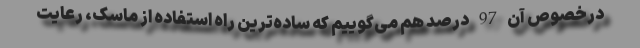
درخصوص آن 97 درصد هم می‌گوییم که ساده‌ترین راه استفاده از ماسک، رعایت